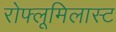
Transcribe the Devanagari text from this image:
रोफ्लूमिलास्ट